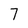
Character: 7